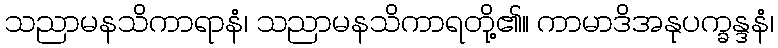
သညာမနသိကာရာနံ၊ သညာမနသိကာရတို့၏။ ကာမာဒိအနုပက္ခန္ဒနံ၊